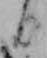
日